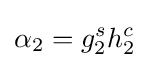
\alpha _{2}=g_{2}^{s}h_{2}^{c}